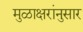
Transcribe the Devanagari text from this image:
मुळाक्षरांनुसार